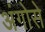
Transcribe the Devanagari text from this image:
अंगोसे